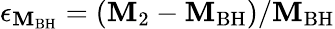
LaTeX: \epsilon_{\mathbf{M}_{\mathrm{{BH}}}}=(\mathbf{M}_{\mathrm{{2}}}-\mathbf{M}_{\mathrm{{BH}}})/\mathbf{M}_{\mathrm{{BH}}}